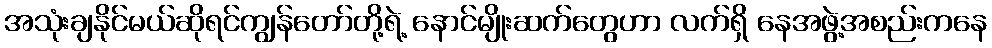
အသုံးချနိုင်မယ်ဆိုရင်ကျွန်တော်တို့ရဲ့ နောင်မျိုးဆက်တွေဟာ လက်ရှိ နေအဖွဲ့အစည်းကနေ